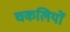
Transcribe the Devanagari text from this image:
चकलियों